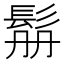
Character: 𩬥